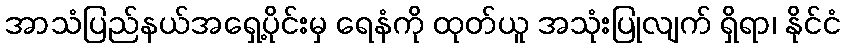
အာသံပြည်နယ်အရှေ့ပိုင်းမှ ရေနံကို ထုတ်ယူ အသုံးပြုလျက် ရှိရာ၊ နိုင်ငံ